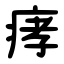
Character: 痚